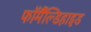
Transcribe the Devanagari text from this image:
फॉर्मैंल्डिहाइड